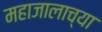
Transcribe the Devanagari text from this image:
महाजालाच्या